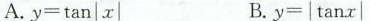
A.$$y = \tan | x |$$ B.$$y = | \tan x |$$